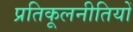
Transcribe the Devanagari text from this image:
प्रतिकूलनीतियों